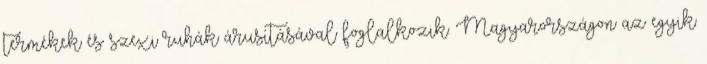
termékek és szexi ruhák árusításával foglalkozik. Magyarországon az egyik